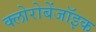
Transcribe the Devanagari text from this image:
क्लोरोबेंजॉइक